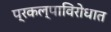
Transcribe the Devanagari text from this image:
प्रकल्पाविरोधात